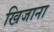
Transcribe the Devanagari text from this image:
खिजाना